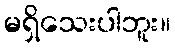
မရှိသေးပါဘူး။